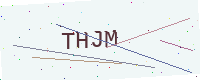
Text: THJM